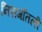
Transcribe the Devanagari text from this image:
निसर्गातली